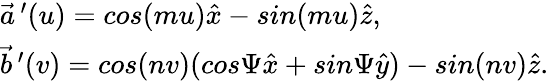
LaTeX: \begin{array}{l}{{\vec{a}\, ^{\prime}(u)=cos(mu)\hat{x}-sin(mu)\hat{z},}}\\ {{\vec{b}\, ^{\prime}(v)=cos(nv)(cos\Psi\hat{x}+sin\Psi\hat{y})-sin(nv)\hat{z}.}}\end{array}